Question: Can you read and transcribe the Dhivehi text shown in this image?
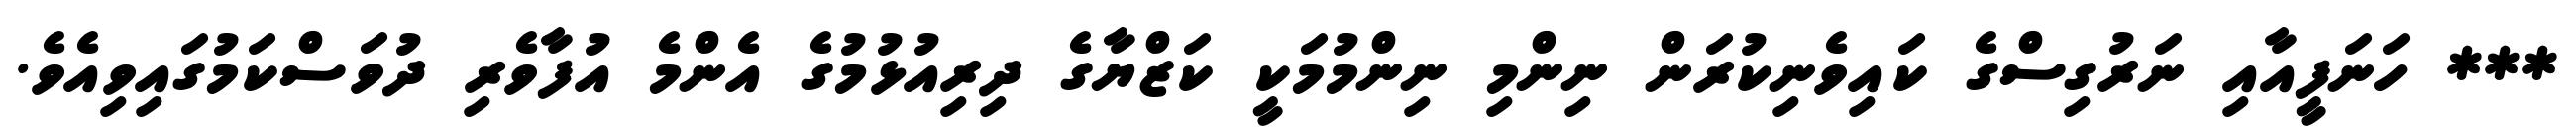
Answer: *** ހަނަފީއާއި ނަރުގިސްގެ ކައިވެނިކުރަން ނިންމި ނިންމުމަކީ ކަޒްޔާގެ ދިރިއުޅުމުގެ އެންމެ އުފާވެރި ދުވަސްކަމުގައިވިއެވެ.